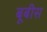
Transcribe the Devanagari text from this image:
बूबीस